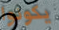
يكونوا